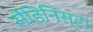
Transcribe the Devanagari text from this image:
सेंडिनिस्टा